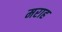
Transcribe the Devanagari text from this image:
मराह